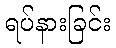
ရပ်နားခြင်း